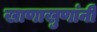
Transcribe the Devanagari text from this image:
खाणाखुणांनी